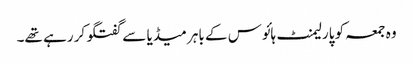
وہ جمعہ کو پارلیمنٹ ہائوس کے باہر میڈیا سے گفتگو کر رہے تھے۔